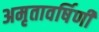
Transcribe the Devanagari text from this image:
अमृतावर्षिणी